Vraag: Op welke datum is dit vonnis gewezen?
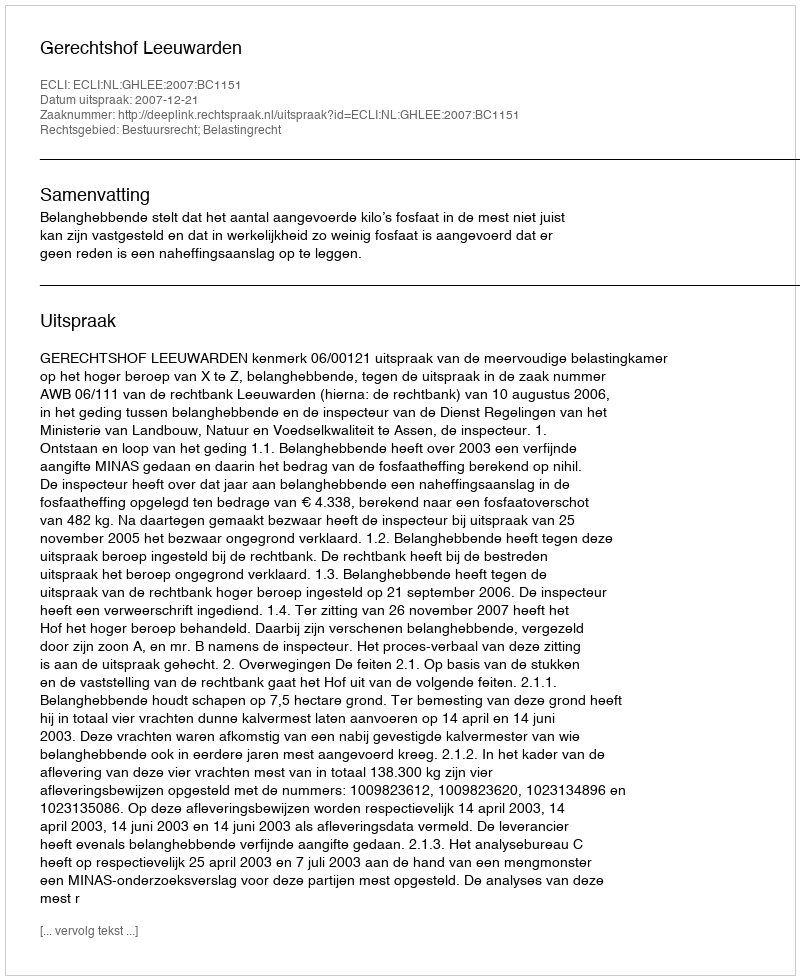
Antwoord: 2007-12-21